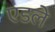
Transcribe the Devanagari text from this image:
एडले